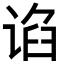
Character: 谄